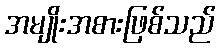
အမျိုးအစားဖြစ်သည်